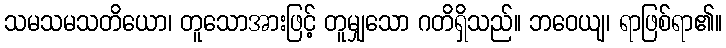
သမသမသတိယော၊ တူသောအားဖြင့် တူမျှသော ဂတိရှိသည်။ ဘဝေယျ၊ ရာဖြစ်ရာ၏။